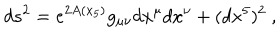
d s ^ { 2 } = e ^ { 2 A ( x _ { 5 } ) } g _ { \mu \nu } d x ^ { \mu } d x ^ { \nu } + ( d x ^ { 5 } ) ^ { 2 } ~ ,